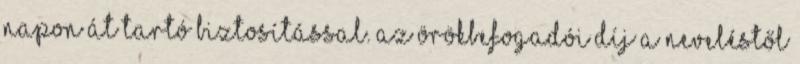
napon át tartó biztosítással. Az örökbefogadói díj a neveléstől